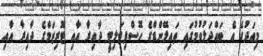
މިއަދުގެ އެ ބައްދަލުވުމުގައި ތައިލޭންޑްގެ ހޮސްޕިޓަލިޓީ ދާއިރާ އާއި ޓޫރިޒަމްގެ ދާއިރާ އާއި